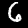
Digit: 6